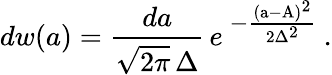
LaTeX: dw(a)=\frac{da}{\sqrt{2\pi}\, \Delta}\, e^{\mathrm{\large~-\frac{(a-A)^{2}}{2\Delta^{2}}~}}.